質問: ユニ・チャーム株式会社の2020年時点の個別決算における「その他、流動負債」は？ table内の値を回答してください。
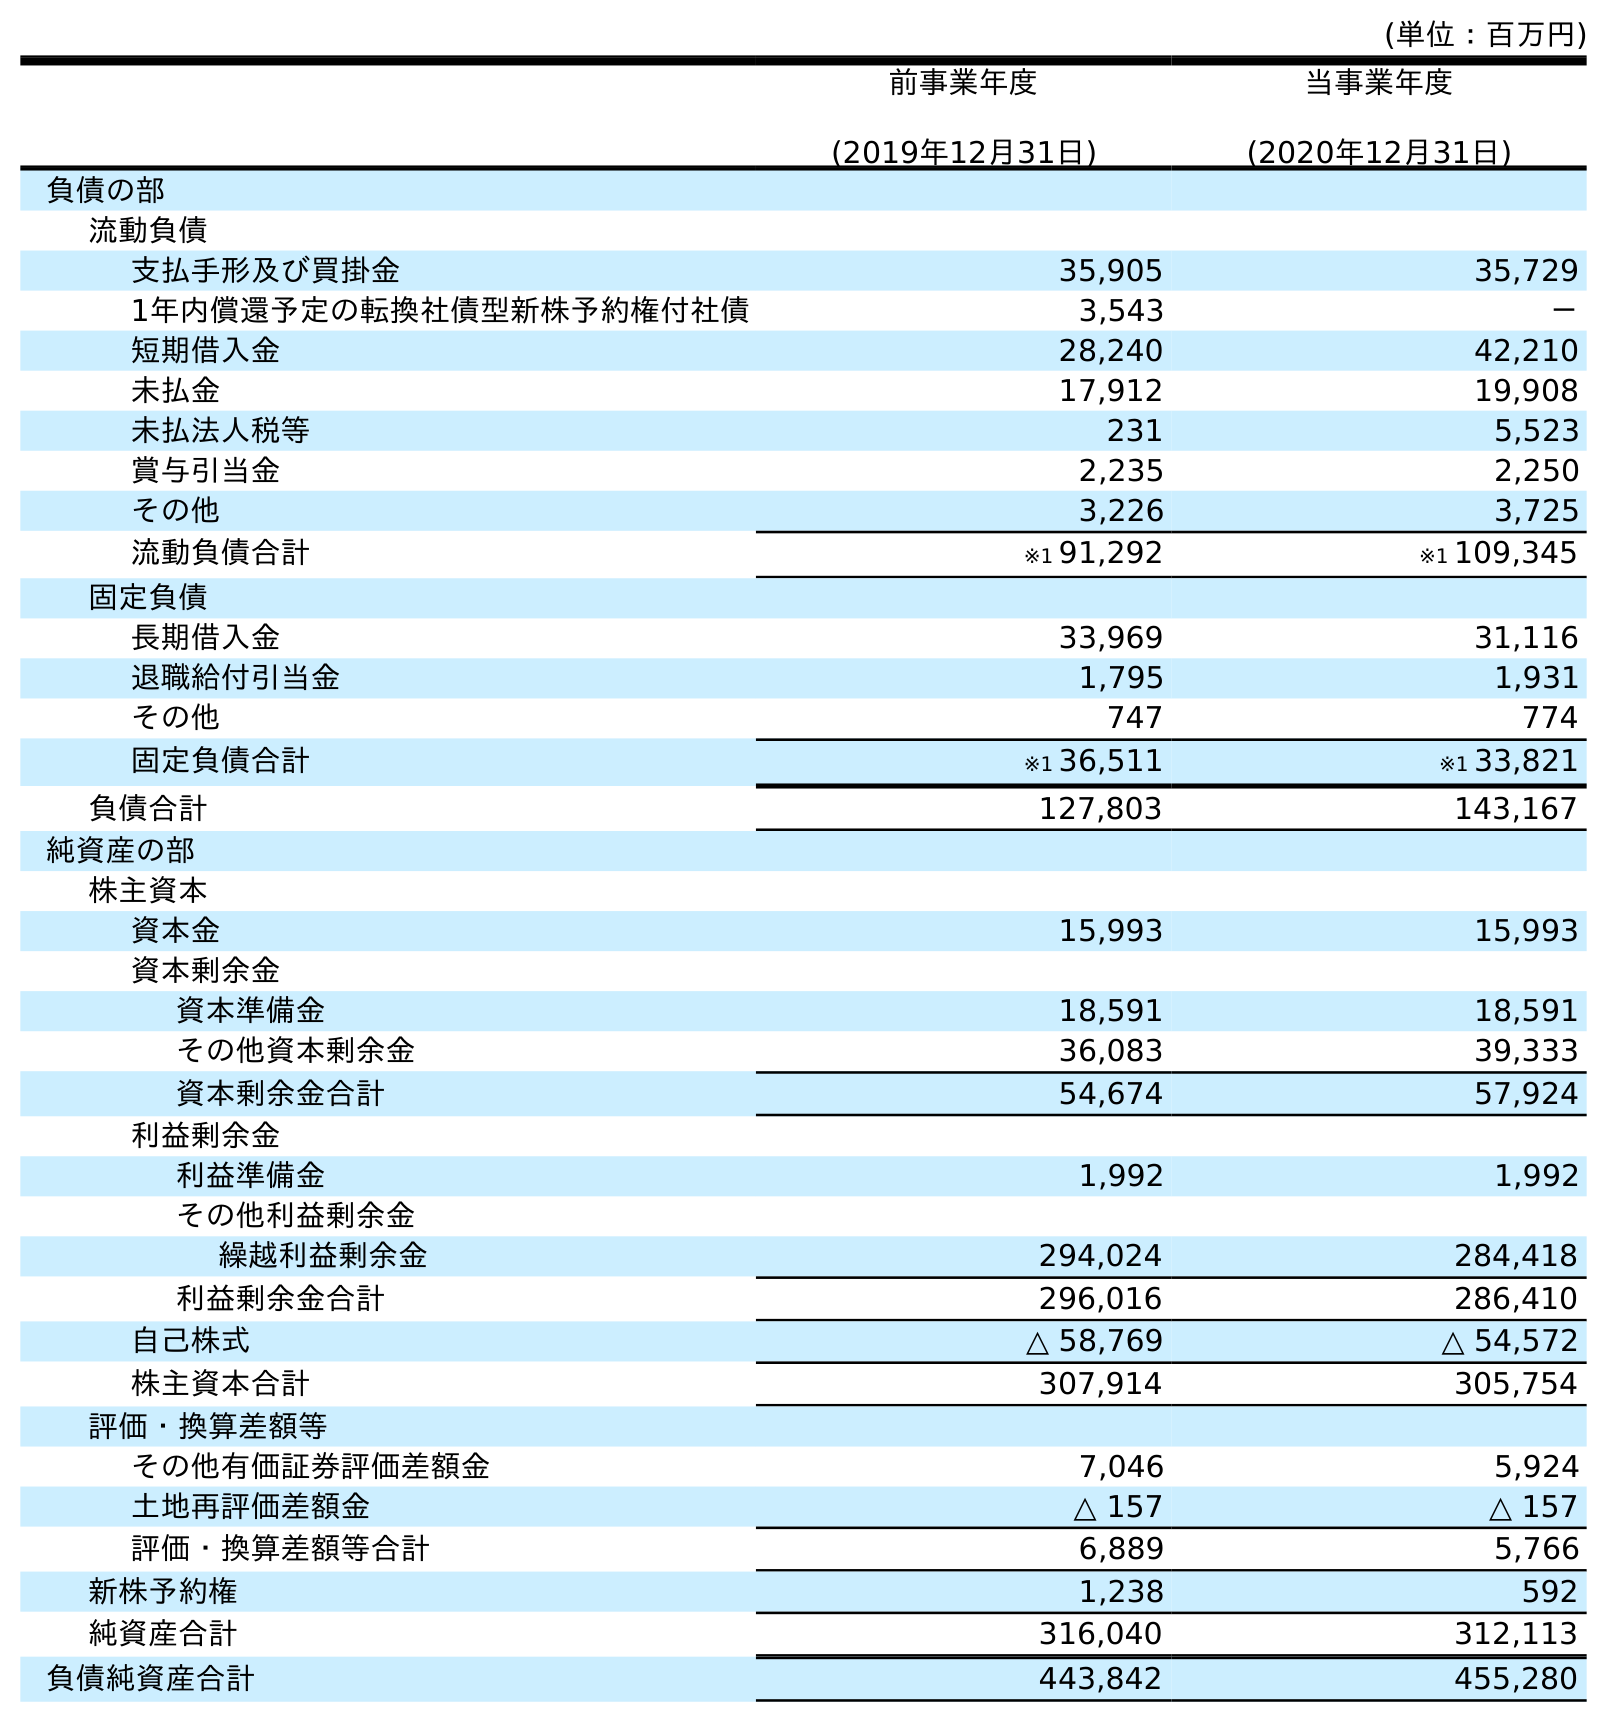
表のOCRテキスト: (単位：百万円) 前事業年度 (2019年12月31日) 当事業年度 (2020年12月31日) 負債の部 流動負債 支払手形及び買掛金 35,905 35,729 1年内償還予定の転換社債型新株予約権付社債 3,543 － 短期借入金 28,240 42,210 未払金 17,912 19,908 未払法人税等 231 5,523 賞与引当金 2,235 2,250 その他 3,226 3,725 流動負債合計 ※1 91,292 ※1 109,345 固定負債 長期借入金 33,969 31,116 退職給付引当金 1,795 1,931 その他 747 774 固定負債合計 ※1 36,511 ※1 33,821 負債合計 127,803 143,167 純資産の部 株主資本 資本金 15,993 15,993 資本剰余金 資本準備金 18,591 18,591 その他資本剰余金 36,083 39,333 資本剰余金合計 54,674 57,924 利益剰余金 利益準備金 1,992 1,992 その他利益剰余金 繰越利益剰余金 294,024 284,418 利益剰余金合計 296,016 286,410 自己株式 △ 58,769 △ 54,572 株主資本合計 307,914 305,754 評価・換算差額等 その他有価証券評価差額金 7,046 5,924 土地再評価差額金 △ 157 △ 157 評価・換算差額等合計 6,889 5,766 新株予約権 1,238 592 純資産合計 316,040 312,113 負債純資産合計 443,842 455,280
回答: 3,725